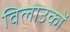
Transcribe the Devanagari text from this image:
विलोउकों